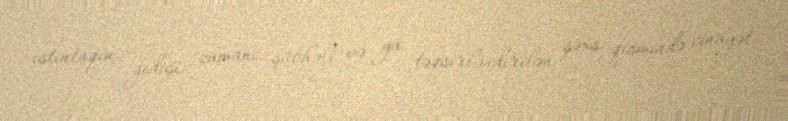
istintaqın gedişi zamanı şübhəli və ya təqsirləndirilən şəxs qismində cinayət